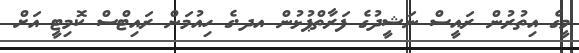
މީގެ އިތުރުން ރައީސް ނަޝީދުގެ ފަރާތްޕުޅުން އދ.ގެ ހިއުމަން ރައިޓްސް ކޮމިޓީ އަށް